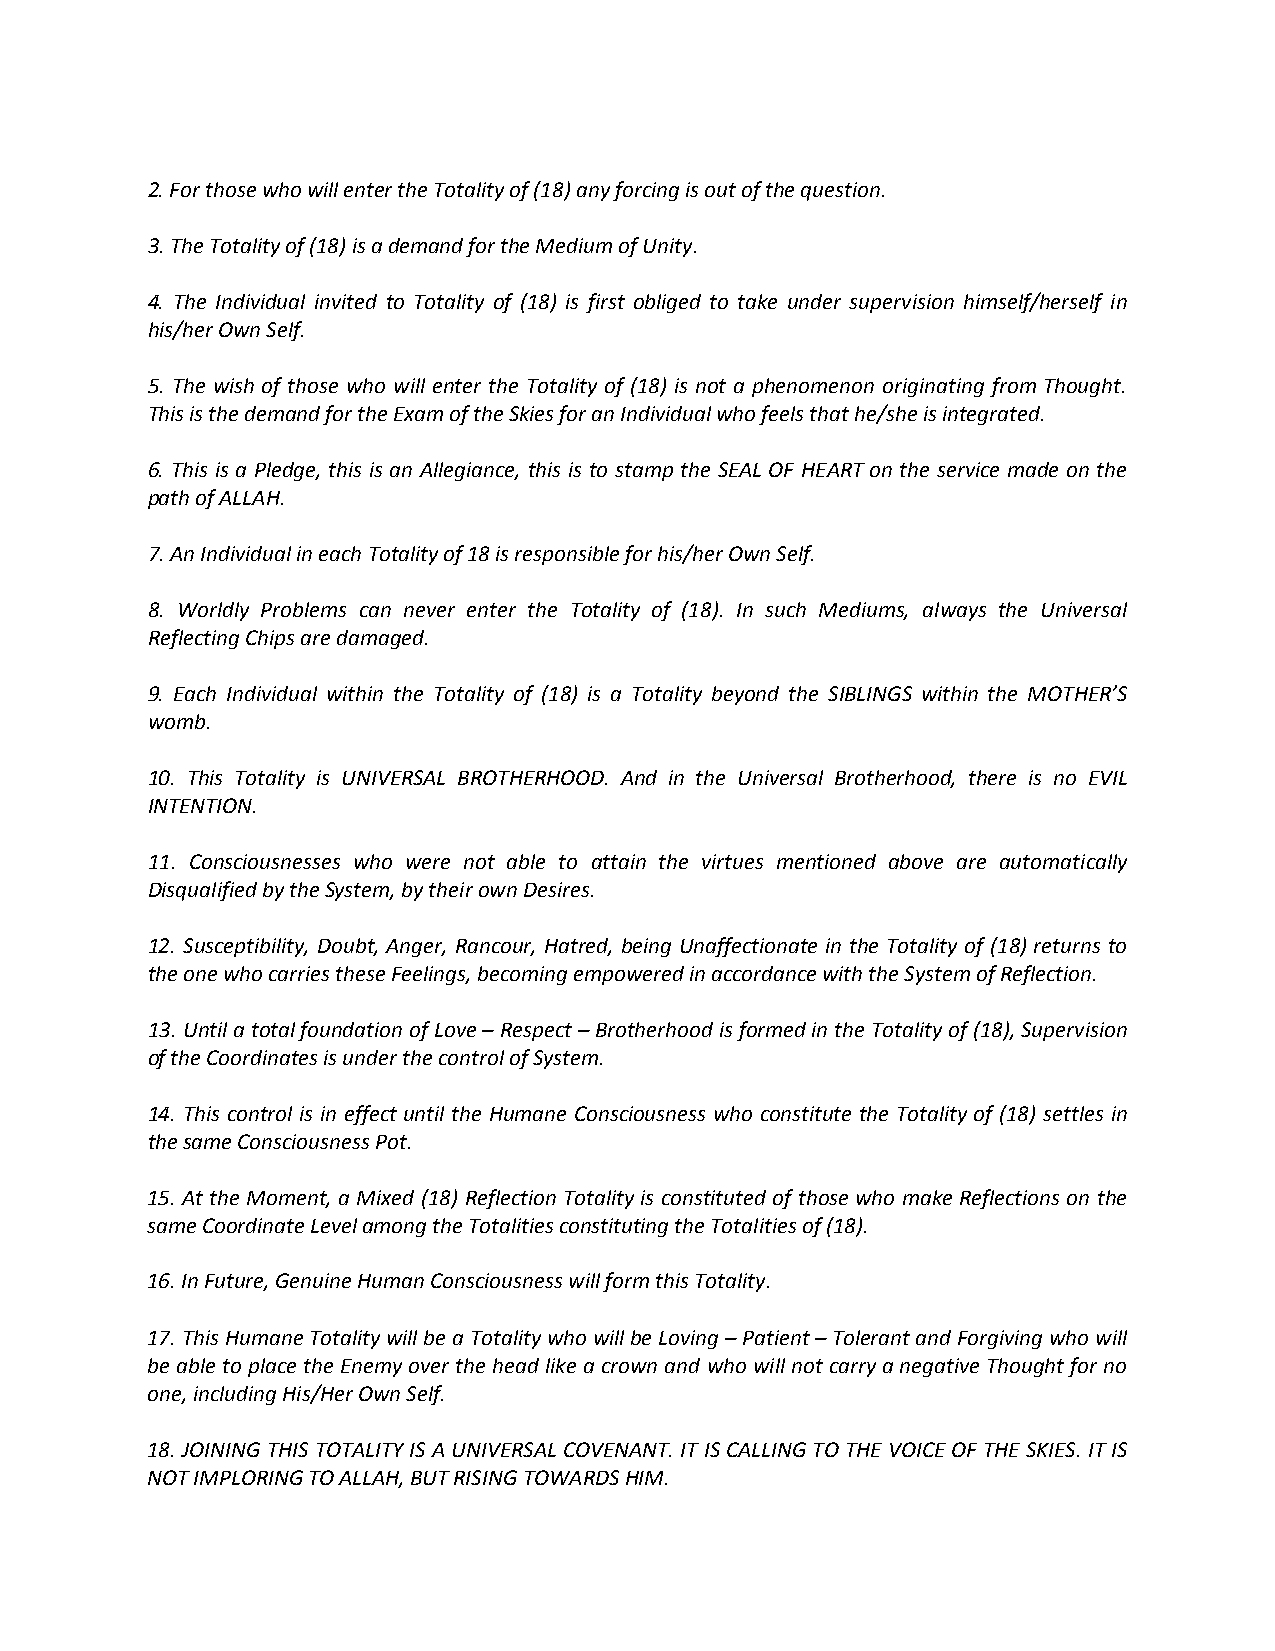
2. For those who will enter the Totality of (18) any forcing is out of the question.
 3. The Totality of (18) is a demand for the Medium of Unity.
 4. The Individual invited to Totality of (18) is first obliged to take under supervision himself/herself in
 his/her Own Self.
 5. The wish of those who will enter the Totality of (18) is not a phenomenon originating from Thought.
 This is the demand for the Exam of the Skies for an Individual who feels that he/she is integrated.
 6. This is a Pledge, this is an Allegiance, this is to stamp the SEAL OF HEART on the service made on the
 path of ALLAH.
 7. An Individual in each Totality of 18 is responsible for his/her Own Self.
 8. Worldly Problems can never enter the Totality of (18). In such Mediums, always the Universal
 Reflecting Chips are damaged.
 9. Each Individual within the Totality of (18) is a Totality beyond the SIBLINGS within the MOTHER’S
 womb.
 10. This Totality is UNIVERSAL BROTHERHOOD. And in the Universal Brotherhood, there is no EVIL
 INTENTION.
 11. Consciousnesses who were not able to attain the virtues mentioned above are automatically
 Disqualified by the System, by their own Desires.
 12. Susceptibility, Doubt, Anger, Rancour, Hatred, being Unaffectionate in the Totality of (18) returns to
 the one who carries these Feelings, becoming empowered in accordance with the System of Reflection.
 13. Until a total foundation of Love – Respect – Brotherhood is formed in the Totality of (18), Supervision
 of the Coordinates is under the control of System.
 14. This control is in effect until the Humane Consciousness who constitute the Totality of (18) settles in
 the same Consciousness Pot.
 15. At the Moment, a Mixed (18) Reflection Totality is constituted of those who make Reflections on the
 same Coordinate Level among the Totalities constituting the Totalities of (18).
 16. In Future, Genuine Human Consciousness will form this Totality.
 17. This Humane Totality will be a Totality who will be Loving – Patient – Tolerant and Forgiving who will
 be able to place the Enemy over the head like a crown and who will not carry a negative Thought for no
 one, including His/Her Own Self.
 18. JOINING THIS TOTALITY IS A UNIVERSAL COVENANT. IT IS CALLING TO THE VOICE OF THE SKIES. IT IS
 NOT IMPLORING TO ALLAH, BUT RISING TOWARDS HIM.